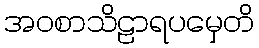
အဝစာသိဠာရပမှေတိ